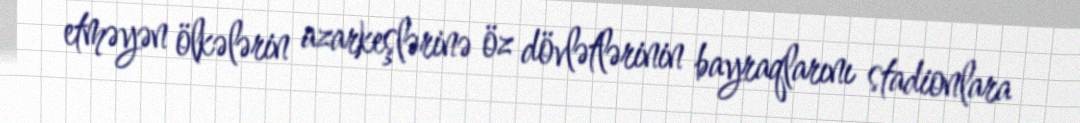
etməyən ölkələrin azarkeşlərinə öz dövlətlərinin bayraqlarını stadionlara